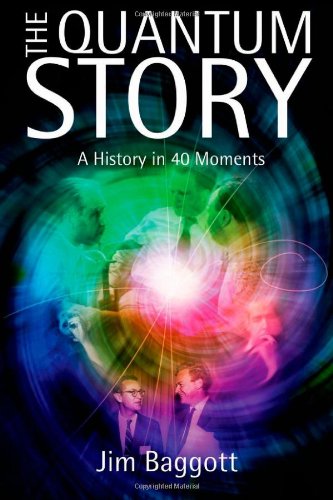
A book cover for The Quantum Story: A History in 40 Moments; Jim Baggott; Science & Math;